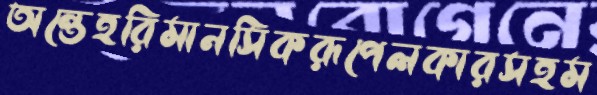
অন্তেহরিমানসিকরূপেলকারসহম